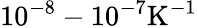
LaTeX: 10^{-8}-10^{-7}\mathrm{K^{-1}}